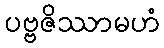
ပဗ္ဗဇိဿာမဟံ